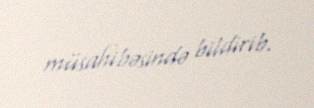
müsahibəsində bildirib.